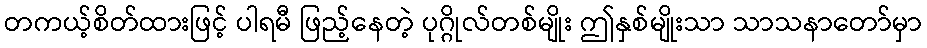
တကယ့်စိတ်ထားဖြင့် ပါရမီ ဖြည့်နေတဲ့ ပုဂ္ဂိုလ်တစ်မျိုး ဤနှစ်မျိုးသာ သာသနာတော်မှာ